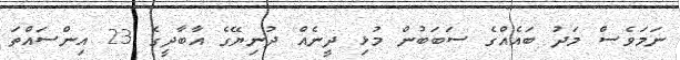
ނަމަވެސް މަދު ބައެއްގެ ސަބަބުން މުޅި ދީނެއް ދުނިޔޭގެ އާބާދީގެ 23 އިންސައްތަ